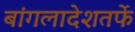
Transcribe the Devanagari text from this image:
बांगलादेशतर्फे